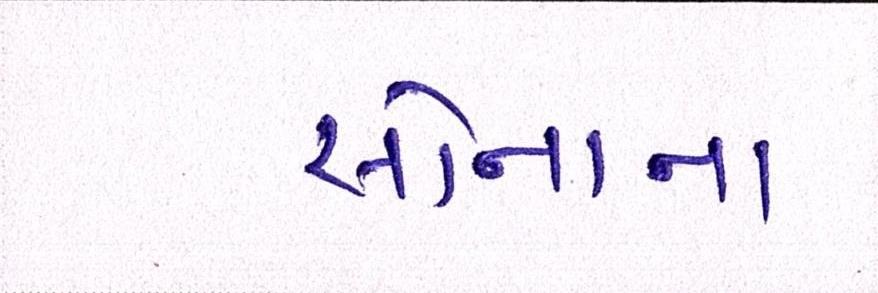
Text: સોનાના